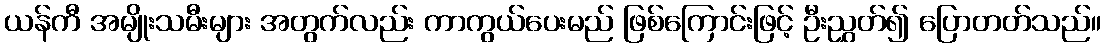
ယန်ကီ အမျိုးသမီးများ အတွက်လည်း ကာကွယ်ပေးမည် ဖြစ်ကြောင်းဖြင့် ဦးညွှတ်၍ ပြောတတ်သည်။